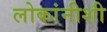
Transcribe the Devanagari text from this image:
लोकांनीशी